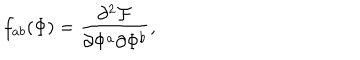
LaTeX: f _ { a b } ( \Phi ) = \frac { \partial ^ { 2 } { \cal F } } { \partial \Phi ^ { a } \partial \Phi ^ { b } } ,